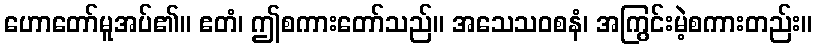
ဟောတော်မူအပ်၏။ ဧတံ၊ ဤစကားတော်သည်။ အသေသဝစနံ၊ အကြွင်းမဲ့စကားတည်း။